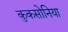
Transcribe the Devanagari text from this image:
कुकसोनिया